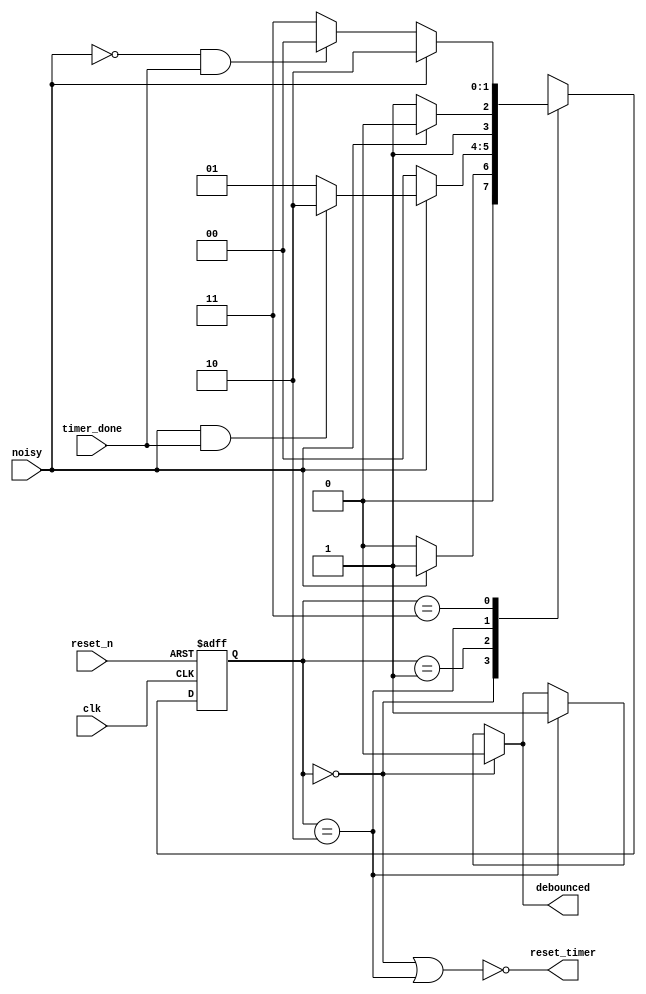
`timescale 1ns / 1ps
//////////////////////////////////////////////////////////////////////////////////
// Company: 
// Engineer: 
// 
// Design Name: 
// Module Name: debouncer_delayed_button
// Project Name: 
// Target Devices: 
// Tool Versions: 
// Description: 
// 
// Dependencies: 
// 
// Revision:
// Revision 0.01 - File Created
// Additional Comments:
// 
//////////////////////////////////////////////////////////////////////////////////


module debouncer_delayed_button(
    input noisy,
    input reset_n,
    output reset_timer,
    output debounced,
    input clk,
    input timer_done
    );
    parameter s0=0,s1=1,s2=2,s3=3;
    reg [1:0] curr_state,next_state;
    always @(posedge clk,negedge reset_n)
    begin
        if(~reset_n)
            curr_state <= s0;
        else
            curr_state <= next_state;
    end
    always @(*)
    begin
        case(curr_state)
            s0: begin
                    if(~noisy)
                        next_state = s0;
                    else
                        next_state = s1;
                end
            s1: begin
                    if(~noisy)
                        next_state = s0;
                    else if(noisy&timer_done)
                        next_state = s2;
                    else 
                        next_state = s1;
                end
            s2: begin
                    if(noisy)
                        next_state = s2;
                    else
                        next_state = s3;
                end
            s3: begin
                    if(noisy)
                        next_state = s2;
                    else if(~noisy&timer_done)
                        next_state = s0;
                    else
                        next_state = s3;
                end
        endcase
    end
    assign reset_timer = ~(curr_state==s0||curr_state==s2);
    assign debounced = curr_state==s0 ? 0 : curr_state==s2 ? 1 : debounced;
endmodule